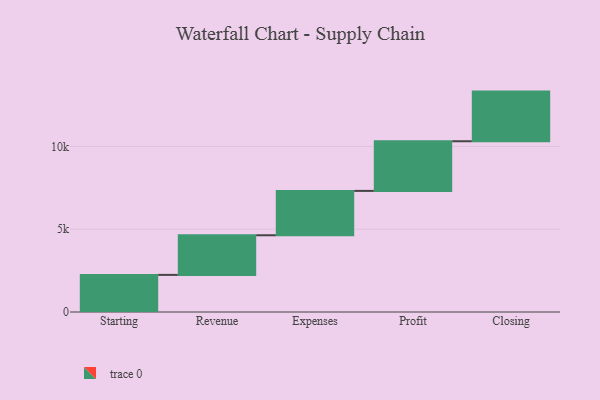
{"axis": {"x": "Step", "y": "Value"}, "legend": [""], "data": [{"x": "Starting", "y": 2242.0, "type": ""}, {"x": "Revenue", "y": 2395.0, "type": ""}, {"x": "Expenses", "y": 2680.0, "type": ""}, {"x": "Profit", "y": 3000, "type": ""}, {"x": "Closing", "y": 3000, "type": ""}]}